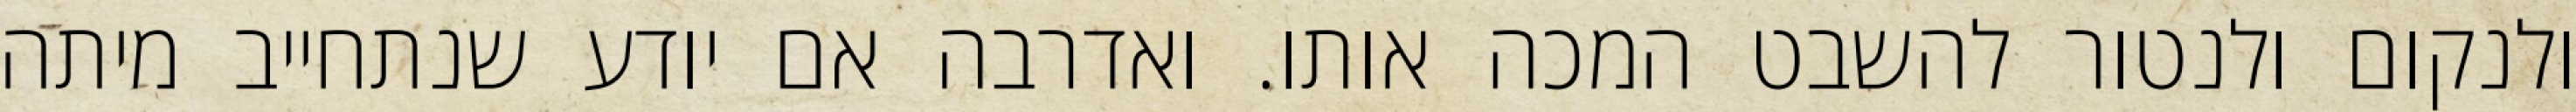
ולנקום ולנטור להשבט המכה אותו. ואדרבה אם יודע שנתחייב מיתה